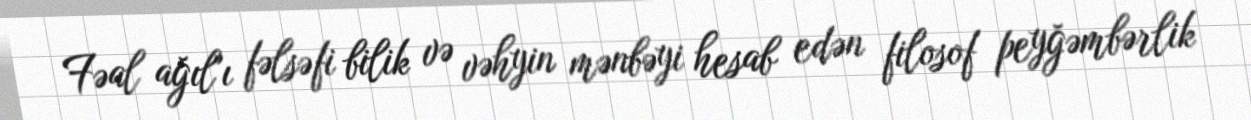
Fəal ağıl"ı fəlsəfi bilik və vəhyin mənbəyi hesab edən filosof peyğəmbərlik